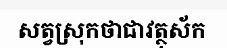
សត្វស្រុកថាជាវត្ថុស័ក